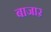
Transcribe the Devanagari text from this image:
बाजाऱ